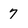
Character: 7